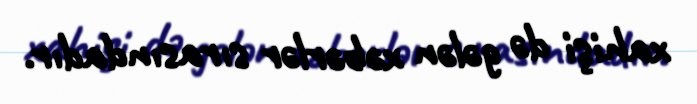
xahişi də gələn xəbərlər sırasındadır.